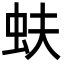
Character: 蚨